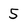
Character: 5